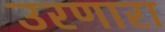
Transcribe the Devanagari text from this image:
उरणारा